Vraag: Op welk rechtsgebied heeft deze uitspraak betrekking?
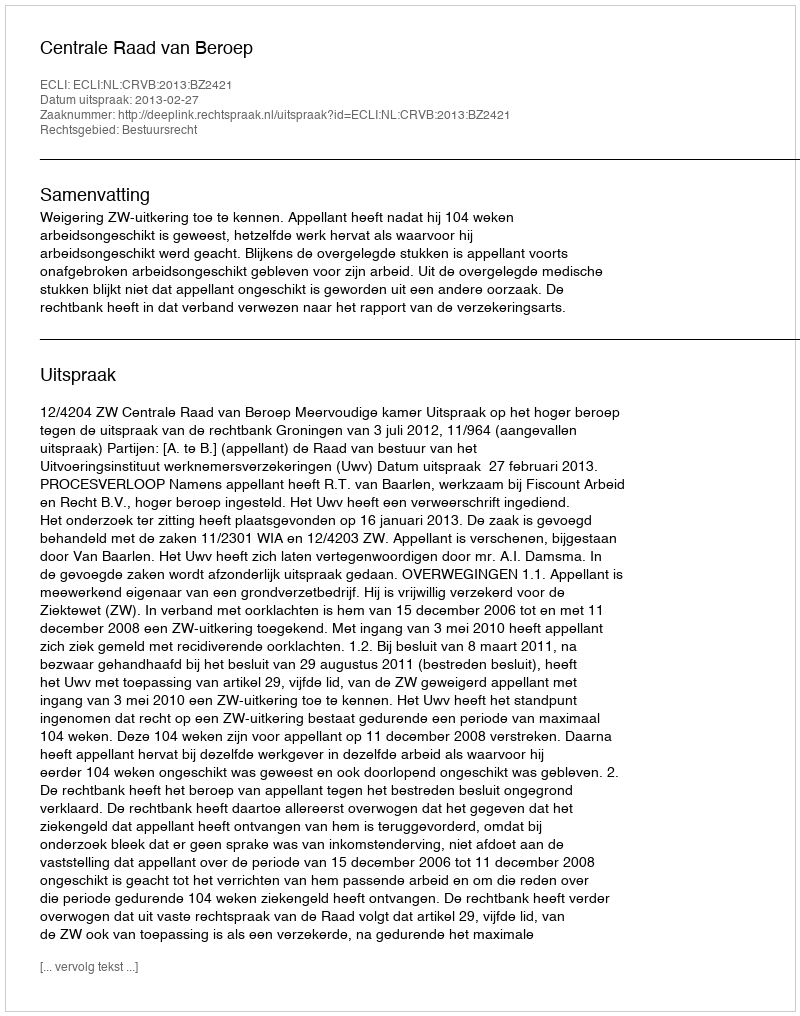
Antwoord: Bestuursrecht